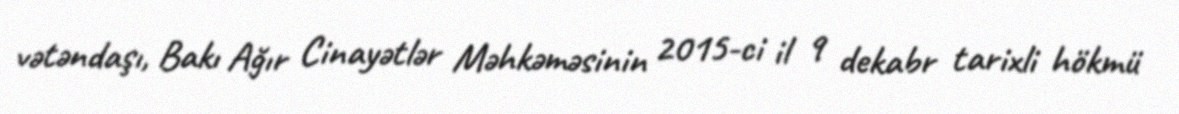
vətəndaşı, Bakı Ağır Cinayətlər Məhkəməsinin 2015-ci il 9 dekabr tarixli hökmü